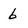
Character: 6